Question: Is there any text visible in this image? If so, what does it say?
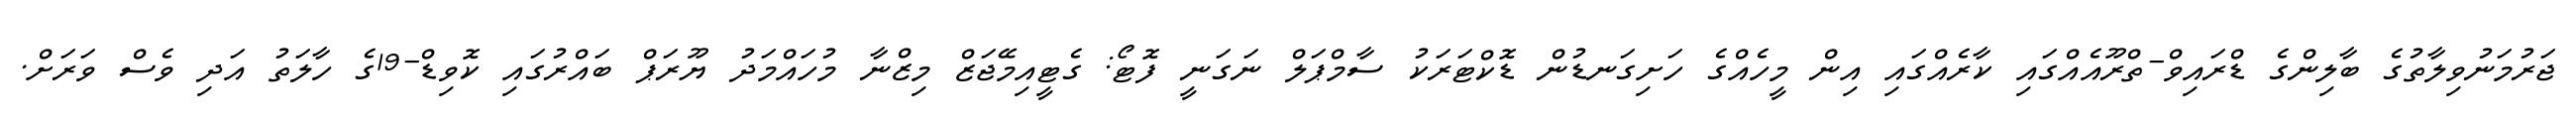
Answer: ޖަރުމަނުވިލާތުގެ ބާލިންގެ ޑްރައިވް-ތްރޫއެއްގައި ކާރެއްގައި އިން މީހެއްގެ ހަށިގަނޑުން ޑޮކްޓަރަކު ސާމްޕަލް ނަގަނީ ފޮޓޯ: ގެޓީއިމޭޖަޒް މިޒްނާ މުހައްމަދު ޔޫރަޕް ބައްރުގައި ކޮވިޑް-19ގެ ހާލަތު އަދި ވެސް ވަރަށް.